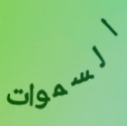
السموات